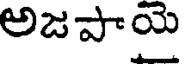
అజపాయె